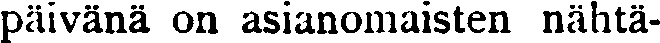
päivänä on asianomaisten nähtä-